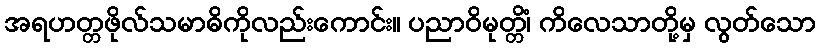
အရဟတ္တဖိုလ်သမာဓိကိုလည်းကောင်း။ ပညာဝိမုတ္တိံ၊ ကိလေသာတို့မှ လွတ်သော